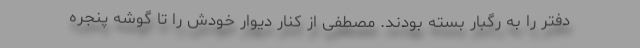
دفتر را به رگبار بسته بودند. مصطفی از کنار دیوار خودش را تا گوشه پنجره